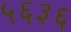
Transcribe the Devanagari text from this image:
५६३६